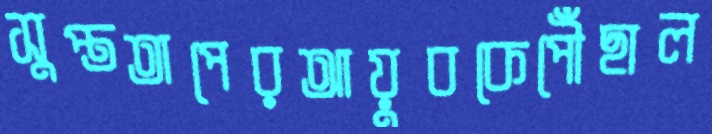
সুপ্ততাপেরআয়ুবকেপৌঁছাল